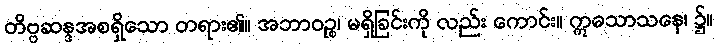
တိဗ္ဗဆန္ဒအစရှိသော တရား၏။ အဘာဝဉ္စ၊ မရှိခြင်းကို လည်း ကောင်း။ ဣဓသာသနေ၊ ၌။